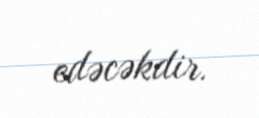
edəcəkdir.